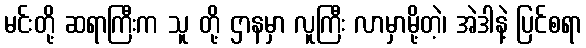
မင်းတို့ ဆရာကြီးက သူ တို့ ဌာနမှာ လူကြီး လာမှာမို့တဲ့၊ အဲဒါနဲ့ ပြင်စရာ